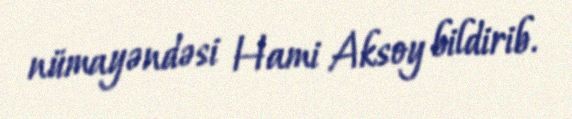
nümayəndəsi Hami Aksoy bildirib.